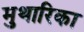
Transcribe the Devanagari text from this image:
मुथारिका